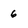
Character: 6